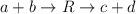
LaTeX: \begin{align*}a+b\rightarrow R\rightarrow c+d\end{align*}